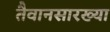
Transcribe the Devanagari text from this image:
तैवानसारख्या